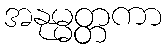
အနုမ္မတ္တကာ